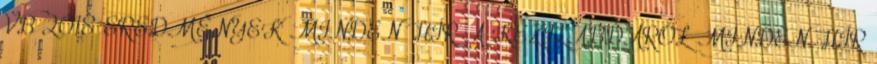
VB 2018 EREDMÉNYEK MINDEN HÍR A KÉZILABDÁRÓL MINDEN HÍR